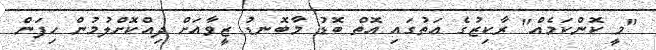
"މީ ކޮންކަމެއް" ރާކިޒުގެ އަތުގައި އޮތް ބޮޑު މާބޮނޑު ޒީވާއަށް ދިއްކޮށްލުމުން ހިފަން